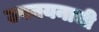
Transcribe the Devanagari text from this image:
उपनयनाची